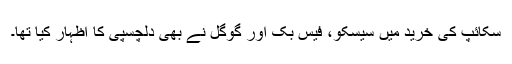
سکائپ کی خرید میں سیسکو، فیس بک اور گوگل نے بھی دلچسپی کا اظہار کیا تھا۔